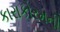
કારાકોરમની